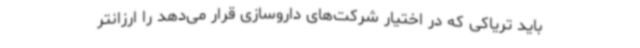
باید تریاکی که در اختیار شرکت‌های داروسازی قرار می‌دهد را ارزانتر